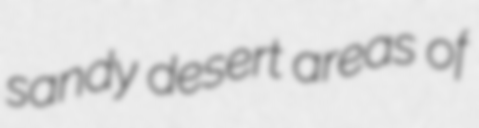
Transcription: sandy desert areas of